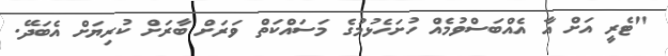
"ޓެރީ އަށް އާ އެއްބަސްވުމެއް ހުށަހެޅުމުގެ މަސައްކަތް ވަރަށް ބާރަށް ކުރިޔަށް އެބަދޭ.